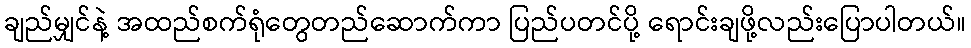
ချည်မျှင်နဲ့ အထည်စက်ရုံတွေတည်ဆောက်ကာ ပြည်ပတင်ပို့ ရောင်းချဖို့လည်းပြောပါတယ်။